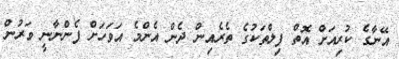
އޭނާގެ ކުރިއަށް އޮތް ފިލްތަކުގެ ތެރެއިން ދެން އެންމެ އަވަހަށް ފެންނާނީ ވަރުން